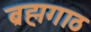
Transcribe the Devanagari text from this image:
ब्रह्मगाठ